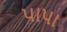
પાપા